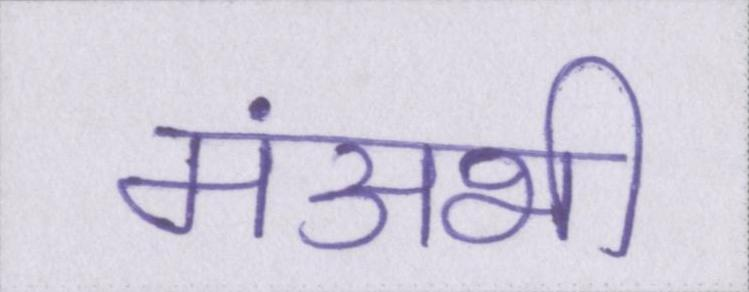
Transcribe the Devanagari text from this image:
मंअभी